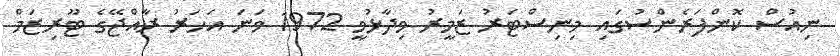
ނިއުސް ކޮންފަރެންސުގައި މިނިސްޓަރު ޒަމީރު ވިދާޅުވީ 1972 ވަނަ އަހަރު ރާއްޖޭގެ ޓޫރިޒަމް